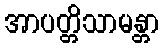
အာပတ္တိသာမန္တာ